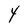
Character: Y